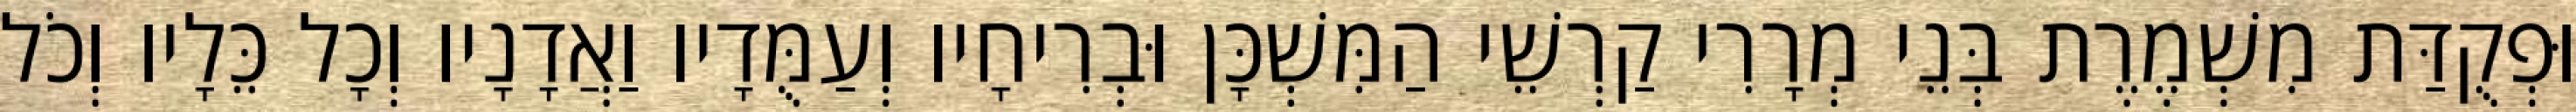
וּפְקֻדַּת מִשְׁמֶרֶת בְּנֵי מְרָרִי קַרְשֵׁי הַמִּשְׁכָּן וּבְרִיחָיו וְעַמֻּדָיו וַאֲדָנָיו וְכָל כֵּלָיו וְכֹל